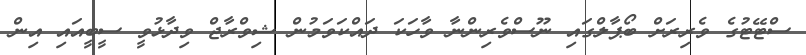
ސްޓޭޓުގެ ވެރިރަށް ބޯޕާލްގައި ނޫސްވެރިންނާ ވާހަކަ ދައްކަވަމުން ޝިވްރާޖް ވިދާޅުވީ ސީބީއައި އިން